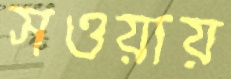
সওয়ায়